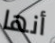
أنها